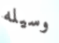
وسيله